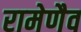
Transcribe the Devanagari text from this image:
रामेणैव